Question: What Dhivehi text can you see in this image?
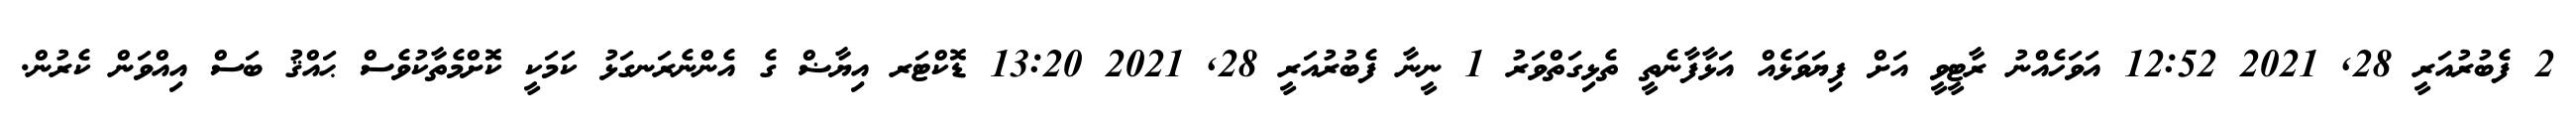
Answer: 2 ފެބުރުއަރީ 28, 2021 12:52 އަވަހެއްނު ރާޓީވީ އަށް ފިޔަވަޅެއް އަޅާފާނެތީ ތެޅިގަތްވަރު 1 ނީނާ ފެބުރުއަރީ 28, 2021 13:20 ޑޮކްޓަރ އިޔާޟް ގެ އެންނެރަނގަޅު ކަމަކީ ކޮށްމެތާކުވެސް ޙައްޤު ބަސް އިއްވަން ކެރުން.